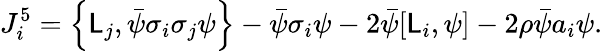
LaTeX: J_{i}^{5}=\left\{ \mathsf{L}_{j},\bar{{\psi}}\sigma_{i}\sigma_{j}\psi\right\} -\bar{{\psi}}\sigma_{i}\psi-2\bar{{\psi}}[\mathsf{L}_{i},\psi]-2\rho\bar{{\psi}}a_{i}\psi.